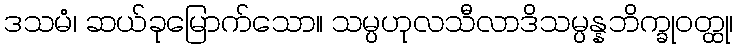
ဒသမံ၊ ဆယ်ခုမြောက်သော။ သမ္ပဟုလသီလာဒိသမ္ပန္နဘိက္ခုဝတ္ထု၊